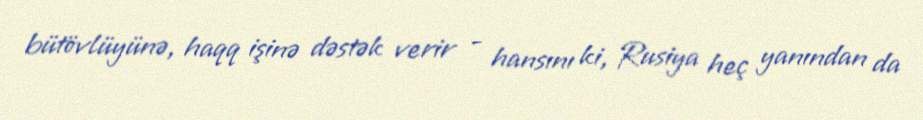
bütövlüyünə, haqq işinə dəstək verir - hansını ki, Rusiya heç yanından da